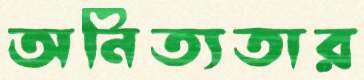
অনিত্যতার